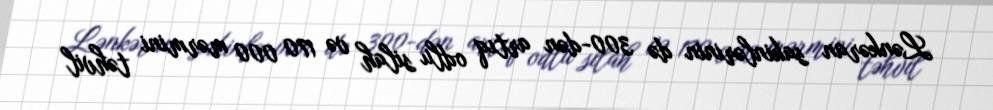
Lənkəran sakinlərinin də 300-dən artıq odlu silah və 170 000 mərmini təhvil